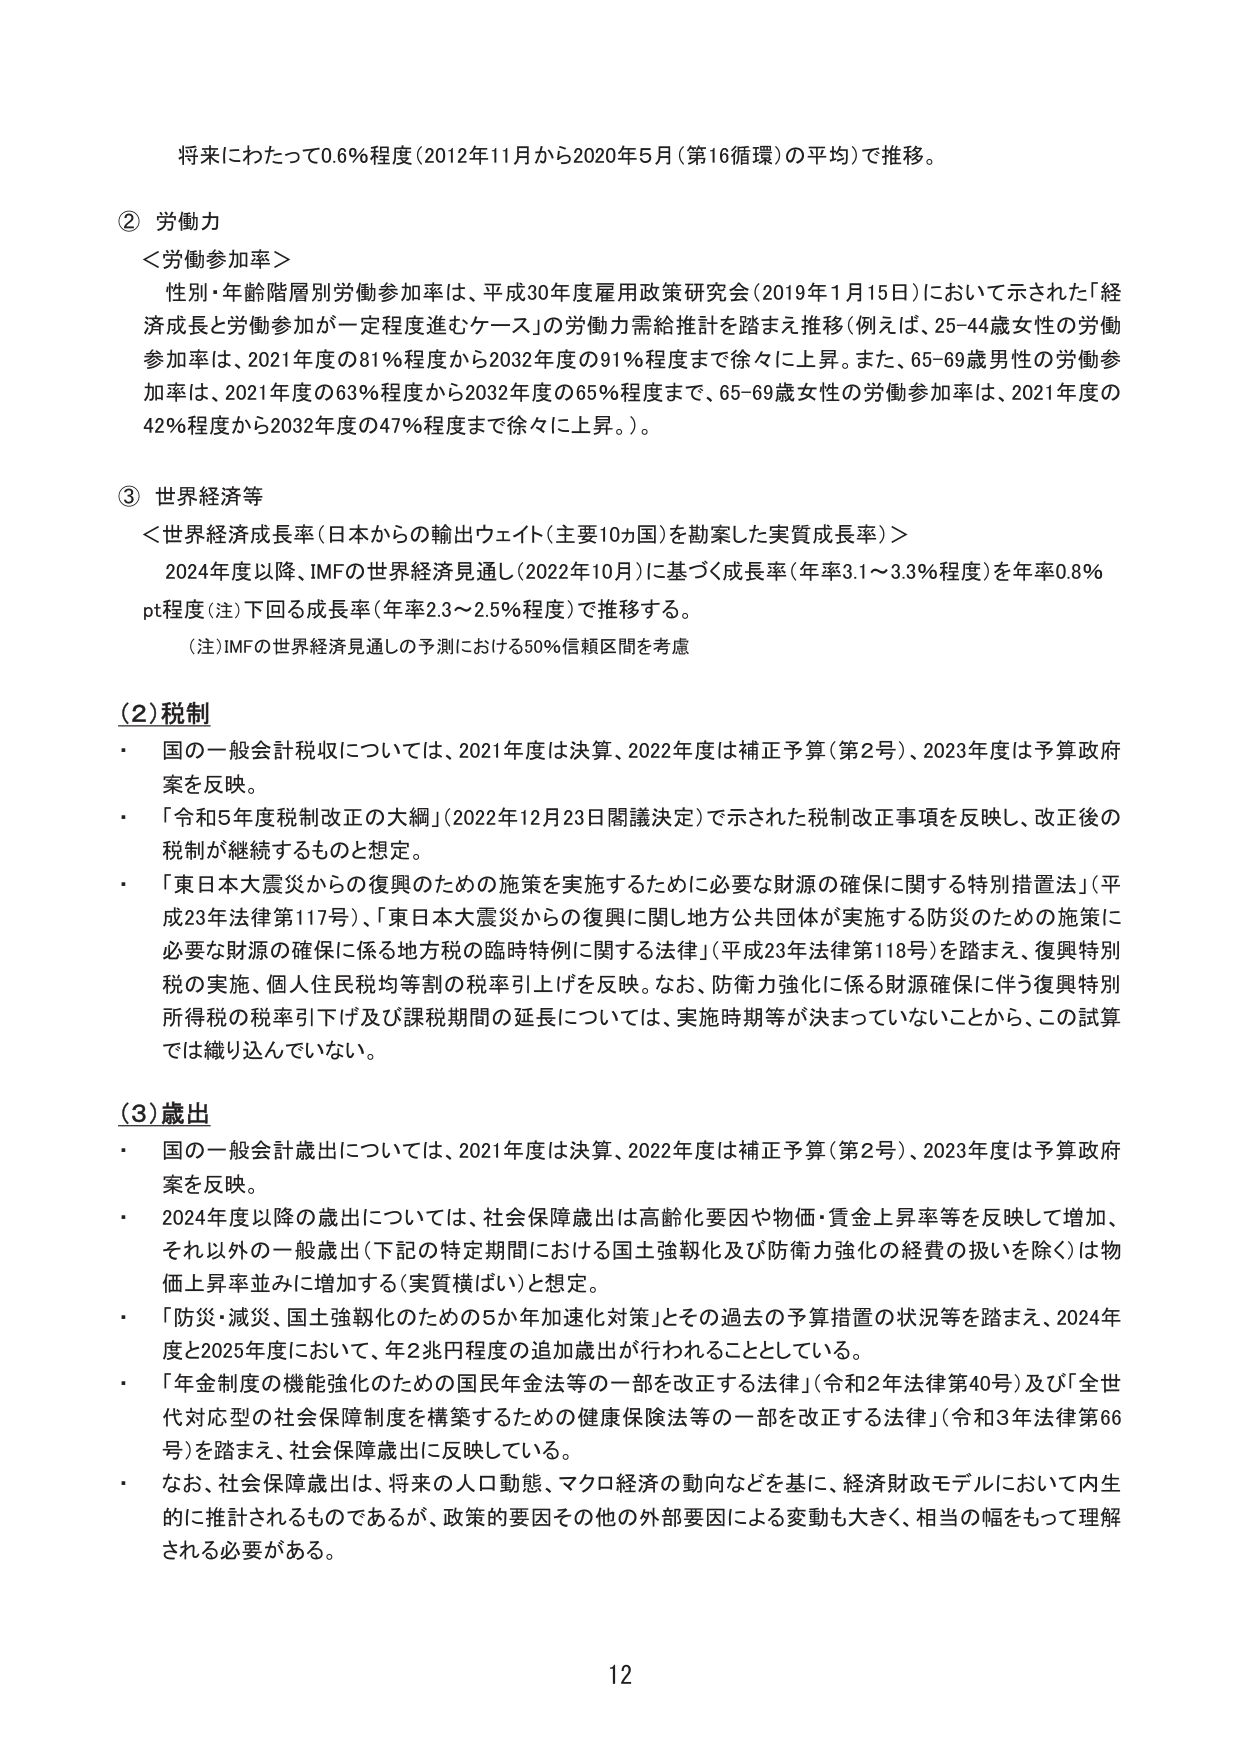
将来にわたって0.6%程度（2012年11月から2020年5月（第16循環）の平均）で推移。

② 労働力
＜労働参加率＞
　性別・年齢階層別労働参加率は、平成30年度雇用政策研究会（2019年1月15日）において示された「経済成長と労働参加が一定程度進むケース」の労働力需給推計を踏まえ推移（例えば、25-44歳女性の労働参加率は、2021年度の81%程度から2032年度の91%程度まで徐々に上昇。また、65-69歳男性の労働参加率は、2021年度の63%程度から2032年度の65%程度まで、65-69歳女性の労働参加率は、2021年度の42%程度から2032年度の47%程度まで徐々に上昇。）。

③ 世界経済等
＜世界経済成長率（日本からの輸出ウエイト（主要10ヵ国）を勘案した実質成長率）＞
　2024年度以降、IMFの世界経済見通し（2022年10月）に基づく成長率（年率3.1～3.3%程度）を年率0.8%pt程度（注）下回る成長率（年率2.3～2.5%程度）で推移する。
　（注）IMFの世界経済見通しの予測における50%信頼区間を考慮

（2）税制
・ 国の一般会計税収については、2021年度は決算、2022年度は補正予算（第2号）、2023年度は予算政府案を反映。
・ 「令和5年度税制改正の大綱」（2022年12月23日閣議決定）で示された税制改正事項を反映し、改正後の税制が継続するものと想定。
・ 「東日本大震災からの復興のための施策を実施するために必要な財源の確保に関する特別措置法」（平成23年法律第117号）、「東日本大震災からの復興に関し地方公共団体が実施する防災のための施策に必要な財源の確保に係る地方税の臨時特例に関する法律」（平成23年法律第118号）を踏まえ、復興特別税の実施、個人住民税均等割の税率引上げを反映。なお、防衛力強化に係る財源確保に伴う復興特別所得税の税率引下げ及び課税期間の延長については、実施時期等が決まっていないことから、この試算では織り込んでいない。

（3）歳出
・ 国の一般会計歳出については、2021年度は決算、2022年度は補正予算（第2号）、2023年度は予算政府案を反映。
・ 2024年度以降の歳出については、社会保障歳出は高齢化要因や物価・賃金上昇率等を反映して増加、それ以外の一般歳出（下記の特定期間における国土強靭化及び防衛力強化の経費の扱いを除く）は物価上昇率並みに増加する（実質横ばい）と想定。
・ 「防災・減災、国土強靭化のための5か年加速化対策」とその過去の予算措置の状況等を踏まえ、2024年度と2025年度において、年2兆円程度の追加歳出が行われることとしている。
・ 「年金制度の機能強化のための国民年金法等の一部を改正する法律」（令和2年法律第40号）及び「全世代対応型の社会保障制度を構築するための健康保険法等の一部を改正する法律」（令和3年法律第66号）を踏まえ、社会保障歳出に反映している。
・ なお、社会保障歳出は、将来の人口動態、マクロ経済の動向などを基に、経済財政モデルにおいて内生的に推計されるものであるが、政策的要因その他の外部要因による変動も大きく、相当の幅をもって理解される必要がある。

12